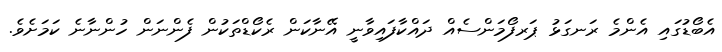
އެބޯޑުގައި އެންމެ ރަނގަޅު ޕަރފޯމަންސެއް ދައްކާފައިވާނީ އޭނާކަން ރެކޯޑްތަކުން ފެންނަން ހުންނާނެ ކަމަށެވެ.